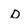
Character: D